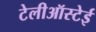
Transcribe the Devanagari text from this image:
टेलीऑस्टेई